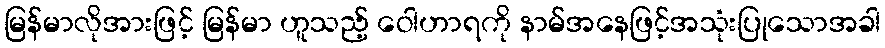
မြန်မာလိုအားဖြင့် မြန်မာ ဟူသည့် ဝေါဟာရကို နာမ်အနေဖြင့်အသုံးပြုသောအခါ